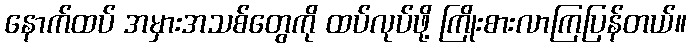
နောက်ထပ် အမှားအသစ်တွေကို ထပ်လုပ်ဖို့ ကြိုးစားလာကြပြန်တယ်။